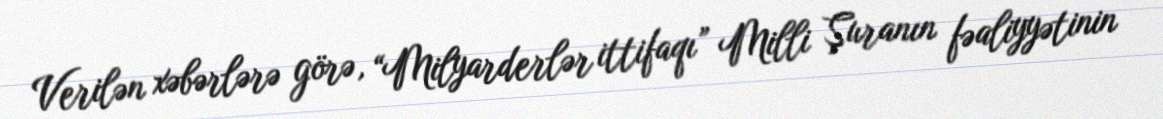
Verilən xəbərlərə görə, “Milyarderlər ittifaqı” Milli Şuranın fəaliyyətinin